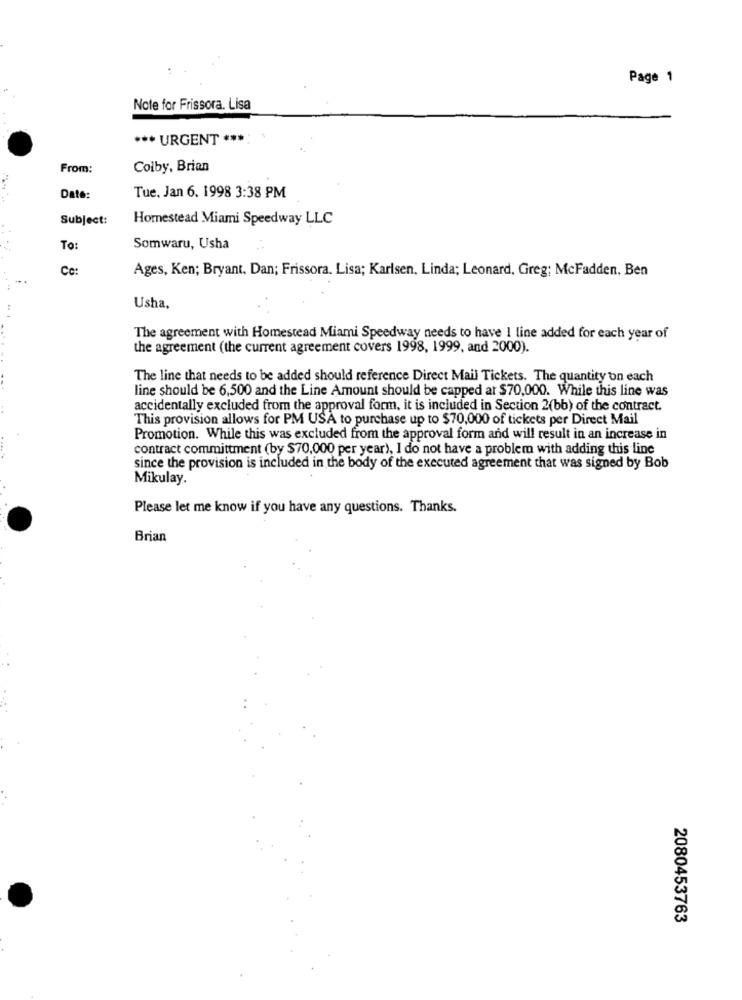
Page 1
Note for Frissora. Lisa
*** URGENT ***:
From:
Colby, Brian
Date:
Tue. Jan 6. 1998 3:38 PM
Subject:
Homestead Miami Speedway LLC
To:
Somwaru, Usha
Cc:
Ages, Ken; Bryant. Dan; Frissora. Lisa; Karlsen, Linda; Leonard, Greg; McFadden, Ben
Usha,
The agreement with Homestead Miami Speedway needs to have 1 line added for each year of
the agreement (the current agreement covers 1998, 1999, and 2000).
The line that needs to be added should reference Direct Mail Tickets. The quantity on each
line should be 6,500 and the Line Amount should be capped at $70,000. While this line was
accidentally excluded from the approval form, it is included in Section 2(bb) of the contract.
This provision allows for PM USA to purchase up to $70,000 of tickets per Direct Mail
Promotion. While this was excluded from the approval form and will result in an increase in
contract committment (by $70,000 per year), I do not have a problem with adding this line
since the provision is included in the body of the executed agreement that was signed by Bob
Mikulay.
Please let me know if you have any questions. Thanks.
Brian
2080453763